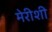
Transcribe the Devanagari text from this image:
मेरीशी